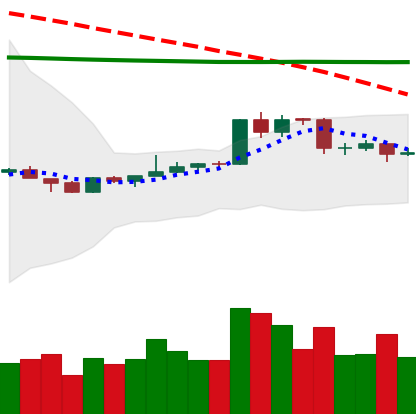
Ticker: EOS-USD
Chart end date: 2020-04-14
Forward return: 6.669%
Label: up_5_7